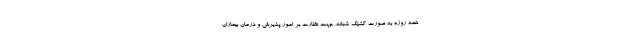
همه روزه به صورت کشیک شبانه، جهت نظارت بر امور پذیرش و درمان بیماران